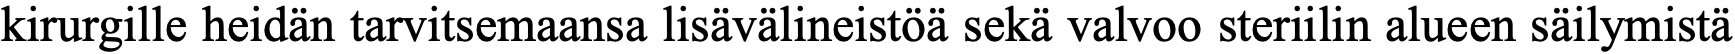
kirurgille heidän tarvitsemaansa lisävälineistöä sekä valvoo steriilin alueen säilymistä